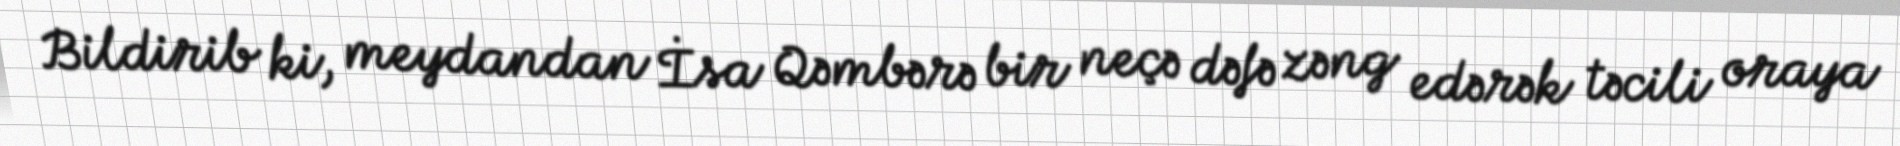
Bildirib ki, meydandan İsa Qəmbərə bir neçə dəfə zəng edərək təcili oraya